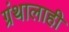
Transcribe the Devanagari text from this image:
ग्रंथालाही